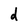
Character: d